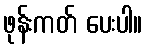
ဖုန်းကတ် ပေးပါ။